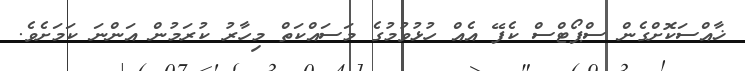
ޚާއްސަކޮށްގެން ސްޕޯޓްސް ކެފޭ އެއް ހުޅުވުމުގެ މަސައްކަތް މިހާރު ކުރަމުން އަންނަ ކަމަށެވެ.